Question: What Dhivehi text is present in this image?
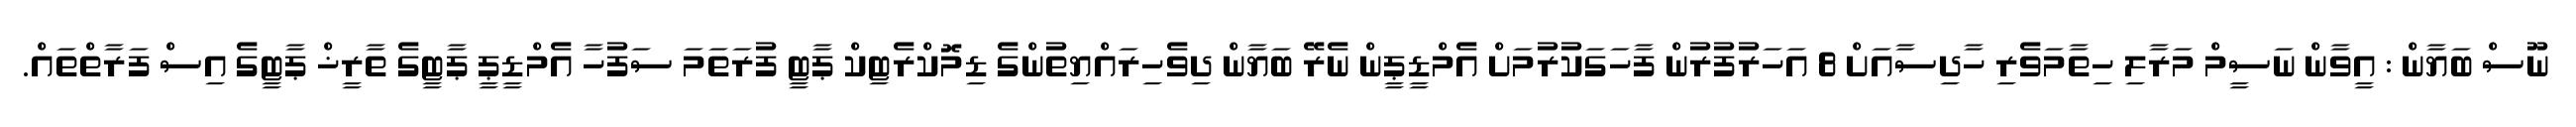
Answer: ނޫސް ބަޔާން : އީވާން ނަސީމް މަރާލި ހިތާމަވެރި ހާދިސާއަށް 8 އަހަރުފުރުން ފާހަގަކުރުމަށް އެމްޑީޕީން ނެރޭ ބަޔާން ދިވެހިރައްޔިތުންގެ ޑިމޮކްރެޓިކް ޕާޓީ ފުރަތަމަ ސަފުހާ އެމްޑީޕީ ޕާޓީގެ ތާރީޚް ޕާޓީގެ އިސް ފަރާތްތައް.